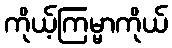
ကိုယ့်ကြမ္မာကိုယ်